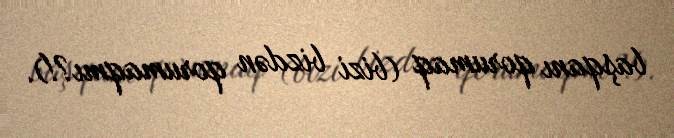
başqanı qorumaq (bizi bizdən qorumaqmı?!).